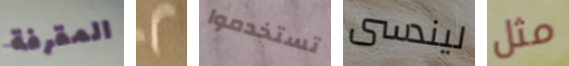
المقرفة 2 تستخدموا ليندسى مثل